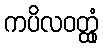
ကပိလဝတ္ထုံ